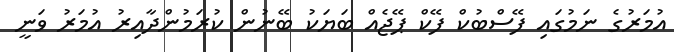
އުމަރުގެ ނަމުގައި ފޭސްބުކް ފޭކް ޕޭޖެއް ބަޔަކު ބޭނުން ކުރަމުންދާއިރު އުމަރު ވަނީ